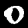
Digit: 0